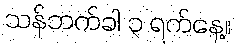
သန်ဘက်ခါ ၃ ရက်နေ့။